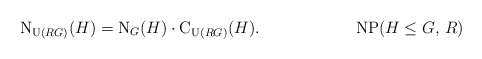
\begin{align*} \textup{N}_{\textup{U}(RG)}(H) = \textup{N}_G(H) \cdot \textup{C}_{\textup{U}(RG)}(H). \tag*{NP($H \leq G$, $R$)} \end{align*}